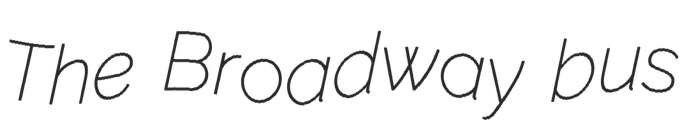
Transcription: The Broadway bus